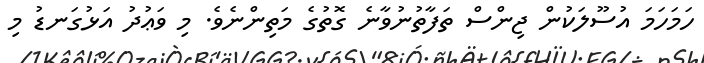
ހަމަހަމަ އުސޫލަކުން ޖިންސް ތަފާތުނުވާނެ ގޮތުގެ މަތިންނެވެ. މި ވަޢުދު އަޅުގަނޑު މި